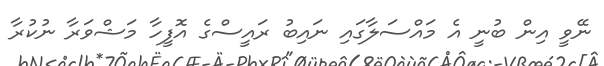
ނޭވީ އިން ބުނީ އެ މައްސަލާގައި ނައިބު ރައީސްގެ އޮފީހާ މަޝްވަރާ ނުކުރާ